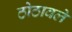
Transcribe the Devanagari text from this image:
ठोठावले